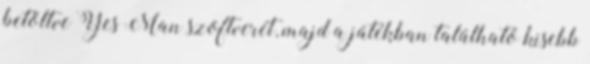
betöltve Yes Man szoftverét, majd a játékban található kisebb